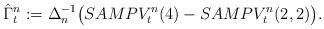
LaTeX: \begin{align*} \hat{\Gamma}_t^n:=\Delta_n^{-1}\bigl(SAMPV_t^n(4)-SAMPV_t^n(2,2)\bigr).\end{align*}